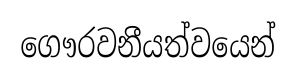
ගෞරවනීයත්වයෙන්